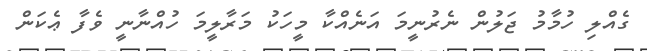
ގެއްލި ހުމާމު ޖަލުން ނެރުނީމަ އަނެއްކާ މީހަކު މަރާލީމަ ހުއްނާނީ ވެފާ ޢެކަން